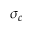
\sigma _ { c }